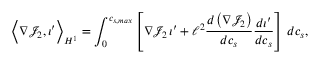
\Big \langle \nabla \mathcal { J } _ { 2 } , \iota ^ { \prime } \Big \rangle _ { H ^ { 1 } } = \int _ { 0 } ^ { c _ { s , m a x } } \left[ \nabla \mathcal { J } _ { 2 } \, \iota ^ { \prime } + \ell ^ { 2 } \frac { d \left( \nabla \mathcal { J } _ { 2 } \right) } { d c _ { s } } \frac { d \iota ^ { \prime } } { d c _ { s } } \right] \, d c _ { s } ,